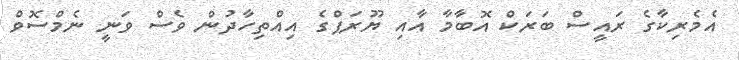
އެމެރިކާގެ ރައީސް ބަރަކް އޮބާމާ އާއި ޔޫރަޕްގެ އިއްތިހާދުން ވެސް ވަނީ ނެމްސޮވް